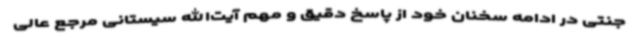
جنتی در ادامه سخنان خود از پاسخ دقیق و مهم آیت‌الله سیستانی مرجع عالی